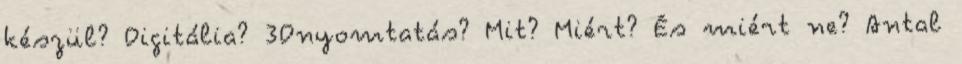
készül? Digitália? 3Dnyomtatás? Mit? Miért? És miért ne? Antal